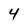
Character: 4